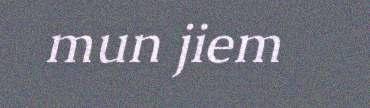
mun jiem